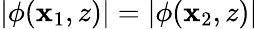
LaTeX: |\phi(\mathbf{x}_{1},z)|=|\phi(\mathbf{x}_{2},z)|